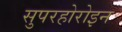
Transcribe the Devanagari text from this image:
सुपरहोरोइन